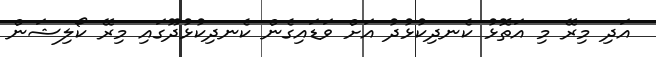
އަދި މިރޭ މި އަތޮޅު ކެނދިކުޅުދު އަށް ވަޑައިގެން ކެނދިކުޅުދޫގައި މިރޭ ކޯލިޝަން